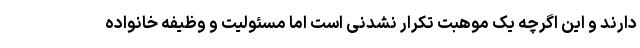
دارند و این اگرچه یک موهبت تکرار نشدنی است اما مسئولیت و وظیفه خانواده